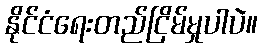
နိုင်ငံရေးတည်ငြိမ်မှုပါပဲ။